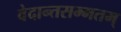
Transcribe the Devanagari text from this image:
वेदान्तसम्मतम्